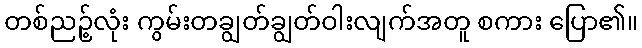
တစ်ညဉ့်လုံး ကွမ်းတချွတ်ချွတ်ဝါးလျက်အတူ စကား ပြော၏။